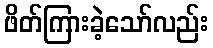
ဖိတ်ကြားခဲ့သော်လည်း